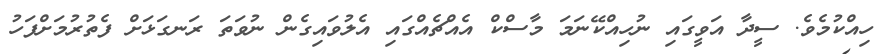
ހިއްކުމެވެ. ސީދާ އަވީގައި ނުހިއްކޭނަމަ މާސްކް އެއްޗެއްގައި އެލުވައިގެން ނުވަަތަ ރަނގަޅަށް ފެތުރުމަށްފަހު